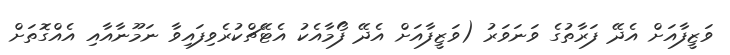
ވަޒީފާއަށް އެދޭ ފަރާތުގެ ވަނަވަރު (ވަޒީފާއަށް އެދޭ ފޯމާއެކު އެޓޭޗްކުރެވިފައިވާ ނަމޫނާއާއި އެއްގޮތަށް